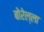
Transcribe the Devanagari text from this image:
बोरेल्ला